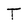
Character: T